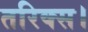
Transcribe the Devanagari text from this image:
तरिक्स।